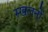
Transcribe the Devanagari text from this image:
स्खलनों